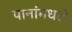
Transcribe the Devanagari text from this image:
पानांमधले